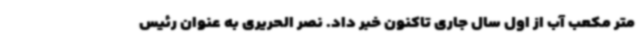
متر مکعب آب از اول سال جاری تاکنون خبر داد. نصر الحریری به عنوان رئیس